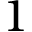
1